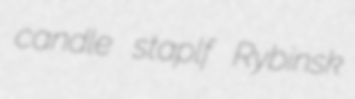
candle staplf Rybinsk